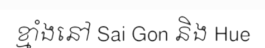
ខ្មាំងនៅ Sai Gon និង Hue